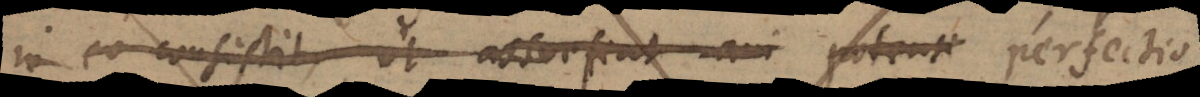
in eo consistit, ut assuefiat ani potenti quod